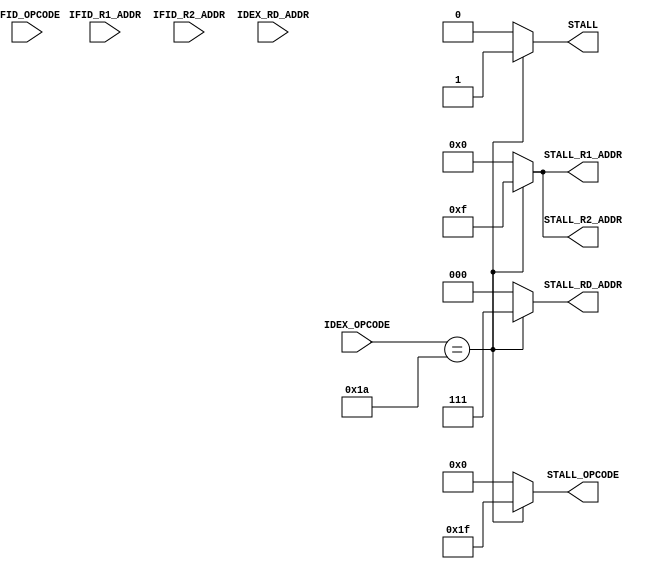
module STALLING (
	output 	reg			STALL,
	input 		[2:0] 	IFID_R1_ADDR,
	input 		[2:0] 	IFID_R2_ADDR,
	input 		[2:0] 	IDEX_RD_ADDR,
	input 		[4:0] 	IDEX_OPCODE,

	output	reg	[4:0]	STALL_OPCODE,
	output	reg	[2:0]	STALL_RD_ADDR,
	output 	reg	[3:0]	STALL_R1_ADDR,
	output 	reg	[3:0] 	STALL_R2_ADDR,

	input 		[4:0]	IFID_OPCODE
	);

	parameter 			jr 		= 5'b11000,
						load 	= 5'b11010;

	always @(*)
/*		if 	(IDEX_OPCODE == load)			
			 begin
			STALL = 1;
			STALL_OPCODE  = 5'h1f;
			STALL_RD_ADDR = 3'b111;
			STALL_R1_ADDR = 4'b1111;
			STALL_R2_ADDR = 4'b1111;
			end 
		else */if (/*(IFID_R1_ADDR == IDEX_RD_ADDR || IFID_R2_ADDR == IDEX_RD_ADDR ) && */IDEX_OPCODE == load)
				begin
				 STALL = 1;
				 STALL_OPCODE  = 5'h1f;
				 STALL_RD_ADDR = 3'b111;
				 STALL_R1_ADDR = 4'b1111;
				 STALL_R2_ADDR = 4'b1111;
				end 
			 // else 
			 // 	begin
			 // 	STALL = 0;
			 // 	STALL_OPCODE  = 5'h00;
			 // 	STALL_RD_ADDR = 3'b000;
			 // 	STALL_R1_ADDR = 4'b0000;
			 // 	STALL_R2_ADDR = 4'b0000;
			 // 	end
		else
			begin
			STALL = 0;
			STALL_OPCODE  = 5'h00;	
			STALL_RD_ADDR = 3'b000;
			STALL_R1_ADDR = 4'b0000;
			STALL_R2_ADDR = 4'b0000;
			end

endmodule